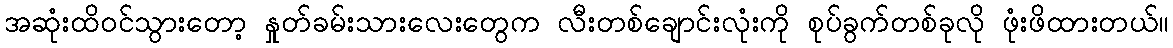
အဆုံးထိဝင်သွားတော့ နှုတ်ခမ်းသားလေးတွေက လီးတစ်ချောင်းလုံးကို စုပ်ခွက်တစ်ခုလို ဖုံးဖိထားတယ်။